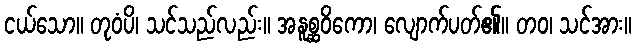
ငယ်သော။ တုဝံပိ၊ သင်သည်လည်း။ အနူစ္ဆဝိကော၊ လျောက်ပတ်၏။ တဝ၊ သင်အား။